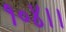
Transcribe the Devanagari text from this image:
१०४।।